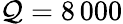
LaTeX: \mathcal{Q}=8\, 000